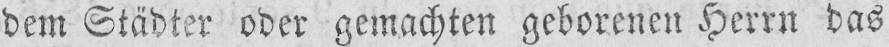
dem Städter oder gemachten geborenen Herrn das